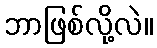
ဘာဖြစ်လို့လဲ။